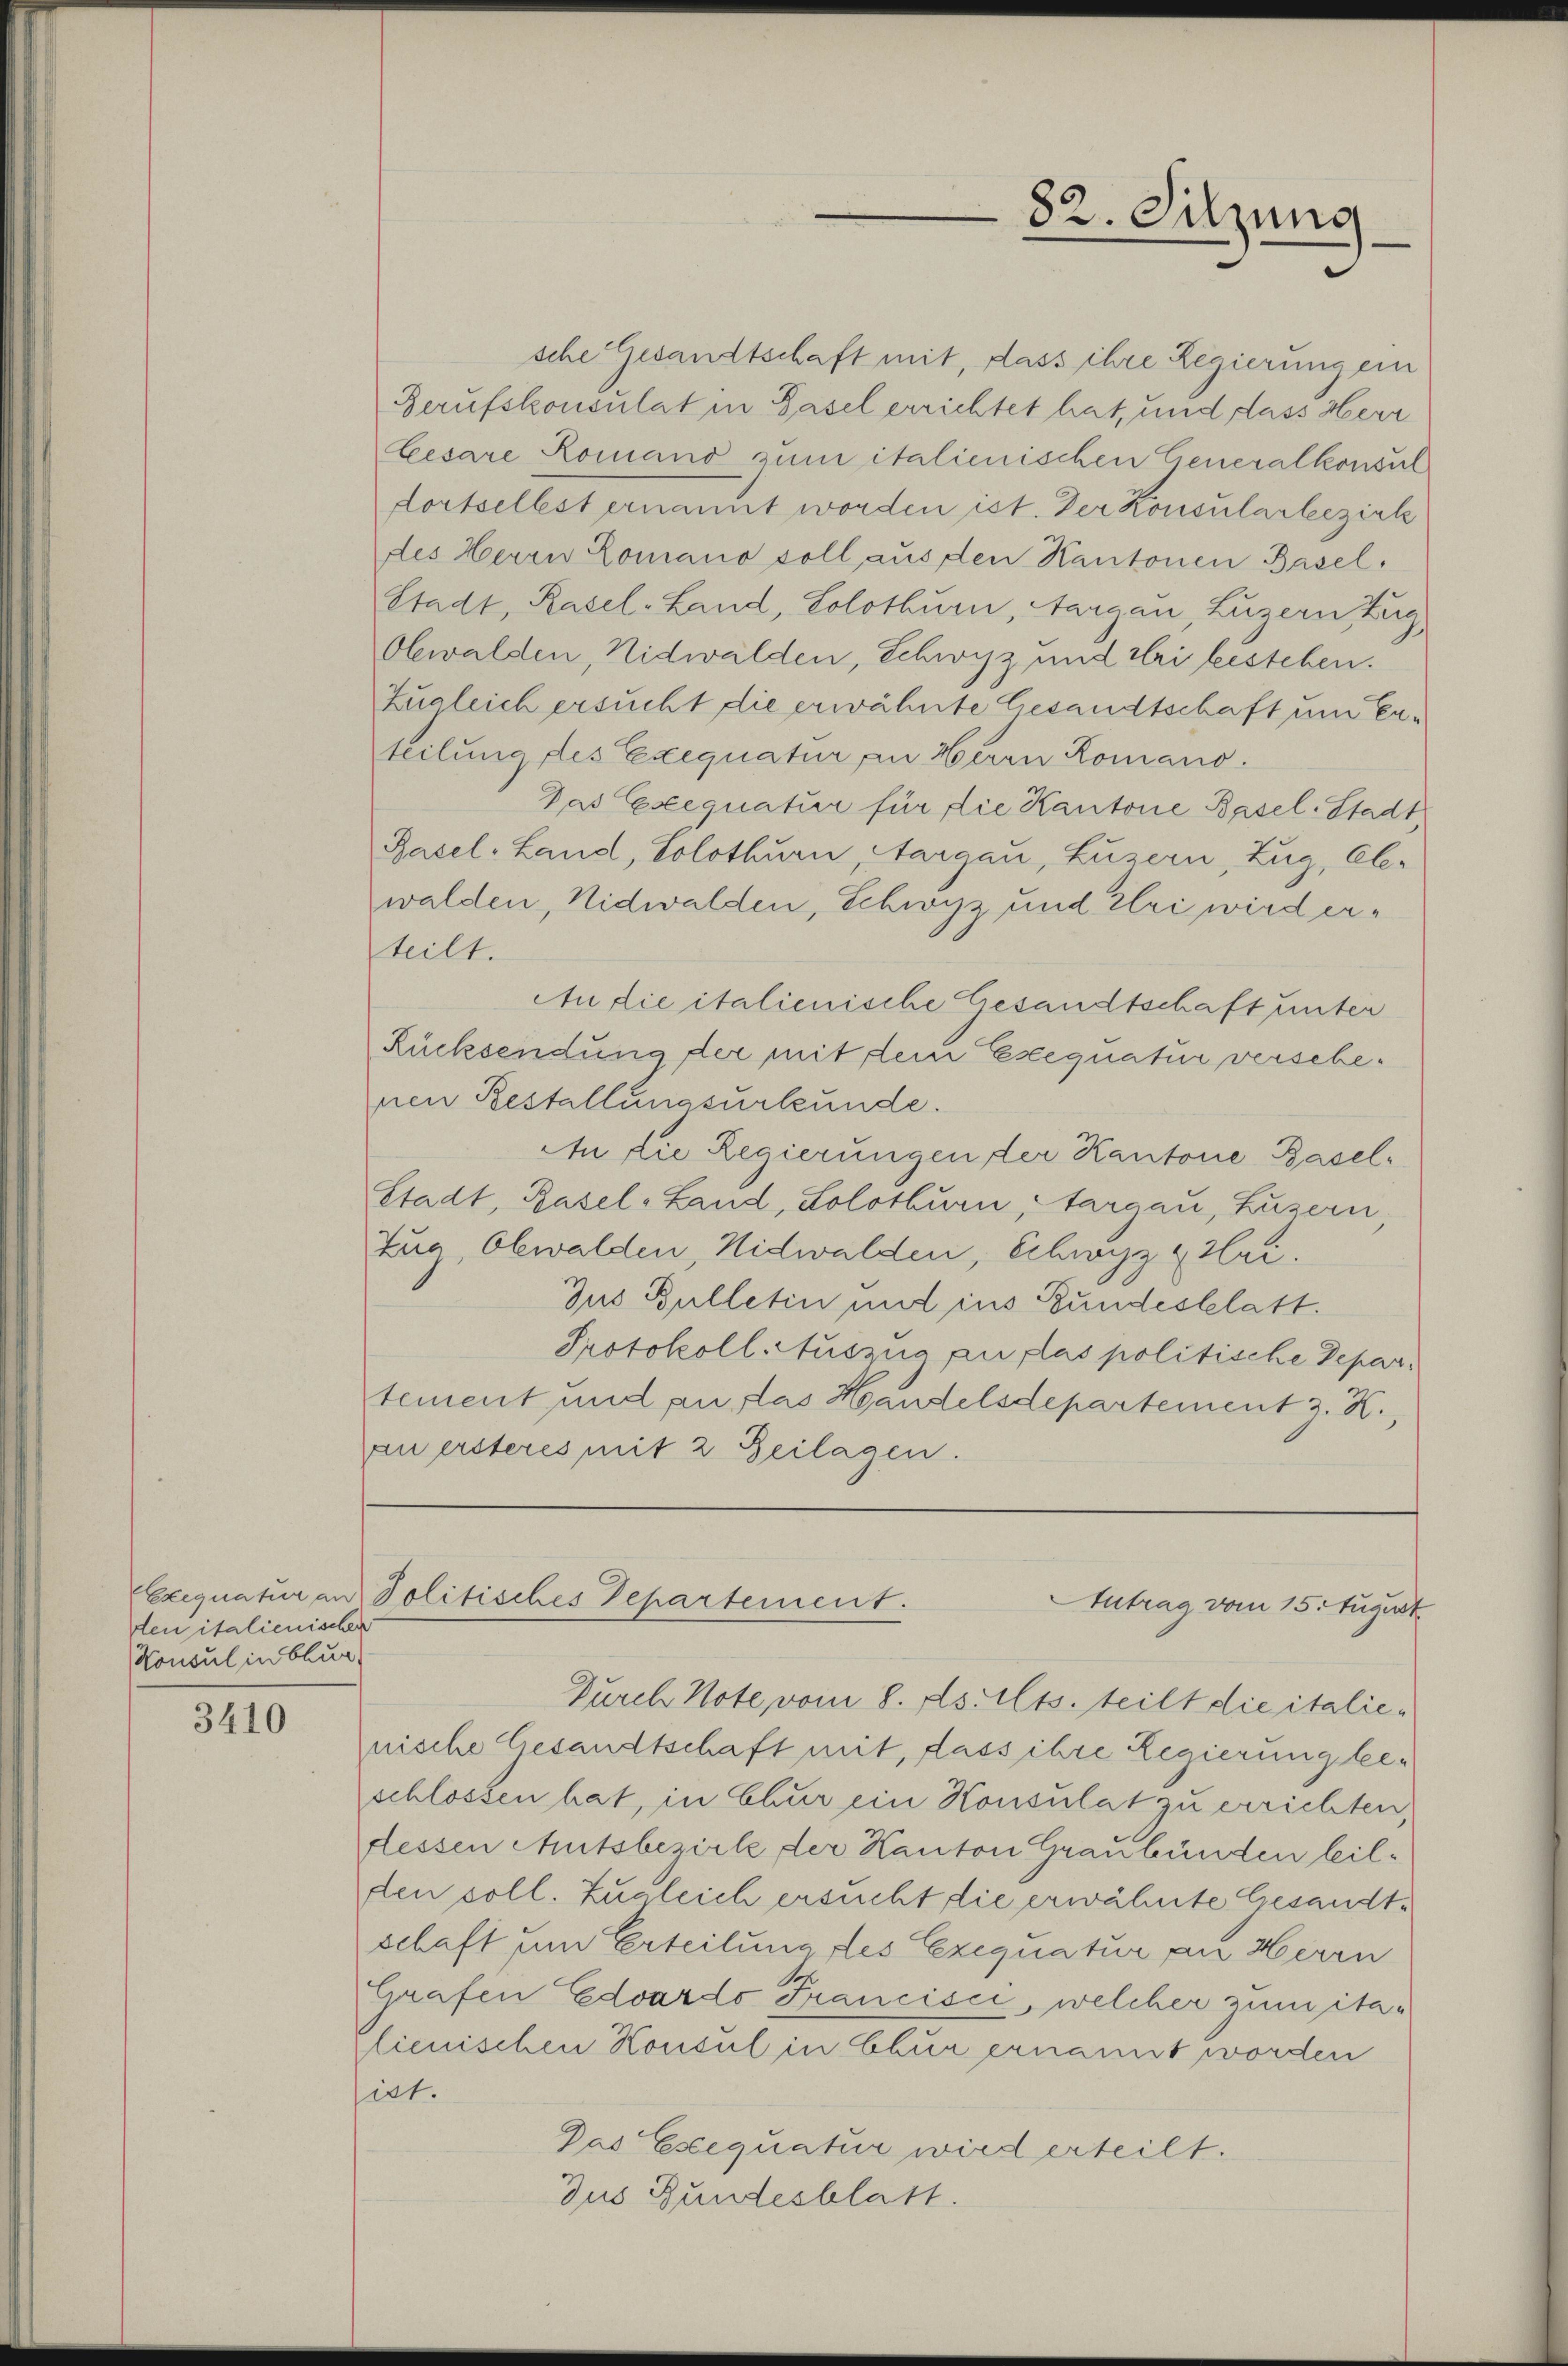
Exequatur an
den italienischen
Konsul in Chur,

3410

sche Gesandtschaft mit, dass ihre Regierung ein
Berufskonsulat in Hasel errichtet hat, und dass Herr
Cesare Romano zum italienischen Generalkonsul
dortselbst ernannt worden ist. Der Konsularbezirk
des Herrn Lomano soll aus den Kantonen Basel¬
Stadt, Rasel-Land, Solothurn, Aargau, Luzern g
Obwalden, Nidwalden, Schwyz und Uri bestehen.
Zugleich ersucht die erwähnte Gesandtschaft um Erteilung des Exequatur an Herrn Romano.
Das Exequatur für die Kantone Basel-Stadt,
Basel-Land, Solothurn, Aargau, Luzern, Zug, Ele-
walden, Nidwalden, Schwyz und Uri wird erteilt.
An die italienische Gesandtschaft unter
Rücksendung der mit dem Exequatur verschenen Bestallungsurkunde.
An die Regierungen der Kantone Basel¬
Stadt, Basel-Land, Solothurn, Aargau, Luzern
Zug, Obwalden, Nidwalden, Schwyz Hri.
Jus Bulletin und ins Bundesblatt.
Protokoll. Auszua au plas politische Departement und auflas Handelsdepartement z. K.,
au ersteres mit 2 Beilagen.

Durch Note vom 8. ds. Mts. teilt die italienische Gesandtschaft mit, dass ihre Regierungleeschlossen hat, in Chur ein Konsulat zu errichten,
fessen Autsbezirk der Kanton Graubünden leilden soll. Zugleich ersucht die erwähnte Gesandtschaft um Erteilung des Exequatur an Herrn
Grafen Edvardo Francisci, welcher zum ita-
lienischen Konsul in Chur ernannt worden
irt.
Das Eseequatur wird erteilt.
Jus Bundesblatt.

Jolitisches Departement.
Antrag vom 15. August

82. Sitzung